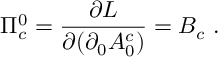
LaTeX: \Pi _ { c } ^ { 0 } = \frac { \partial { \cal { L } } } { \partial ( \partial _ { 0 } A _ { 0 } ^ { c } ) } = B _ { c } ~ .